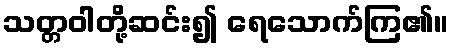
သတ္တဝါတို့ဆင်း၍ ရေသောက်ကြ၏။